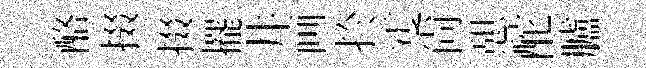
酪掇掇擺井画扵䨥尚憇酡臚